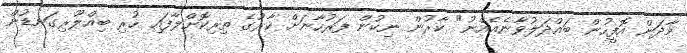
މާދަން އޮފީހުން ބައްދަލުވާނެއެއްނު" ކާރުން ނިކުން ފަރުހާނަށް ކާރުގެ ތިރިކޮށްލާފައި ހުރި ބިއްލޫރިގަނޑުން